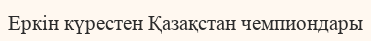
Еркін күрестен Қазақстан чемпиондары